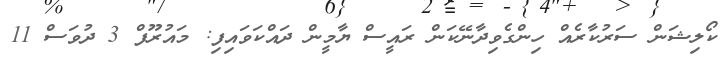
ކޯލިޝަން ސަރުކާރެއް ހިންގެވިދާނޭކަން ރައީސް ޔާމީން ދައްކަވައިފި: މައުރޫފް 3 ދުވަސް 11